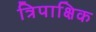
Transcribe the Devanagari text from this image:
त्रिपाक्षिक